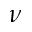
\nu